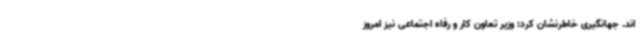
اند. جهانگیری خاطرنشان کرد: وزیر تعاون کار و رفاه اجتماعی نیز امروز